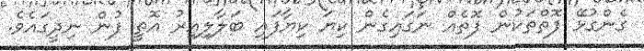
ގެންގުޅޭ ފޮތްތަކުން ފޮތެއް ނަގައިގެން ކިޔަ ކިޔާފައި ބަލާލިއިރު އޮތީ ފުން ނިދީގައެވެ.